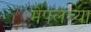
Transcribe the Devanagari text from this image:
मेपलच्या